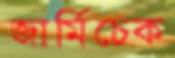
জার্মিচেক